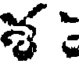
శ